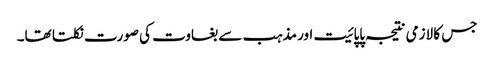
جس کا لازمی نتیجہ پاپائیت اور مذہب سے بغاوت کی صورت نکلتا تھا۔